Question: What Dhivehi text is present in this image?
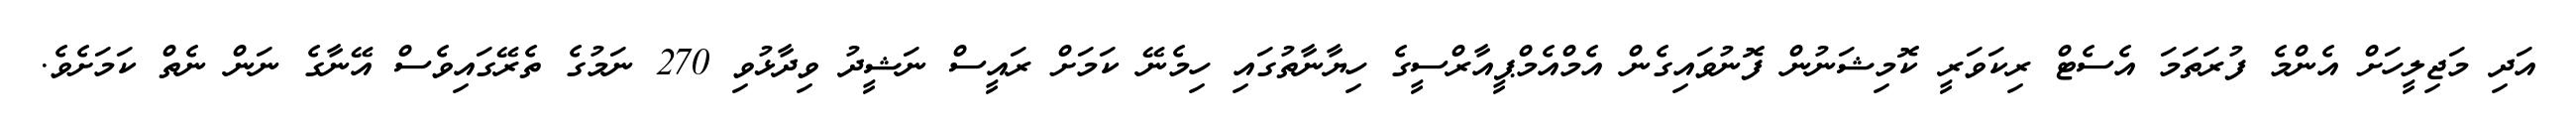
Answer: އަދި މަޖިލީހަށް އެންމެ ފުރަތަމަ އެސެޓް ރިކަވަރީ ކޮމިޝަނުން ފޮނުވައިގެން އެމްއެމްޕީއާރްސީގެ ހިޔާނާތުގައި ހިމެނޭ ކަމަށް ރައީސް ނަޝީދު ވިދާޅުވި 270 ނަމުގެ ތެރޭގައިވެސް އޭނާގެ ނަން ނެތް ކަމަށެވެ.